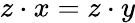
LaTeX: z\cdot x=z\cdot y